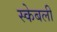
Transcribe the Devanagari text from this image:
स्केबली